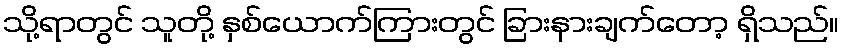
သို့ရာတွင် သူတို့ နှစ်ယောက်ကြားတွင် ခြားနားချက်တော့ ရှိသည်။